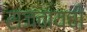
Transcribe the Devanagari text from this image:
सजवायची